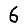
Digit: 6